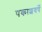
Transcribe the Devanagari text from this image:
पकाशवर्षे